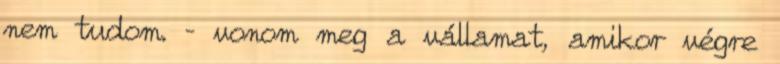
nem tudom. – vonom meg a vállamat, amikor végre